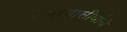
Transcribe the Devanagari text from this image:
नगरवासीयांचे